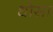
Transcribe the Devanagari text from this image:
धोसा